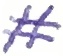
Text: #